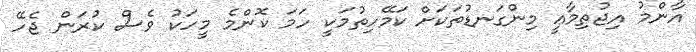
އާންމު އިޖުތިމާޢީ މިންގަނޑުތަކަށް ކަމޭހިތުމަކީ ހަމަ ކޮންމެ މީހަކު ވެސް ކުރަން ޖެހޭ